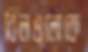
বিলগুলোকে